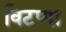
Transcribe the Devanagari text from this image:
विटप्पा